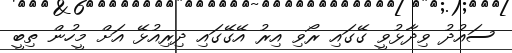
ސައުދު ވިދާޅުވީ ގޭގައި ރޯވި އިރު އޭގޭގައި ދިރިއުޅޭ އަށް މީހުން ތިބީ